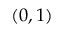
( 0 , 1 )